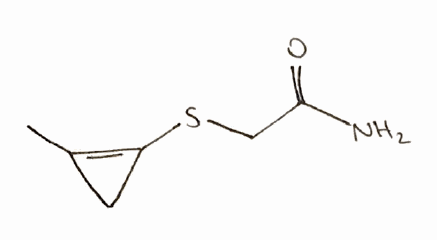
Simplified molecular-input line-entry system (SMILES) notation of the given molecule:
CC1=C(C1)SCC(=O)N